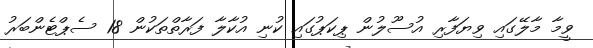
ވީމާ މާލޭގައި ވިޔަފާރި އުސޫލުން ޕިކަޕުގައި ކުނި އުކާލާ ފަރާތްތަކުން 18 ސެޕްޓެންބަރު